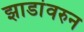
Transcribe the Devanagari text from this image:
झाडांवरुन